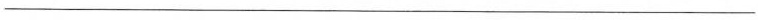
___